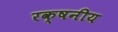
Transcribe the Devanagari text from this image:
रक्षनीय